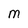
Character: M